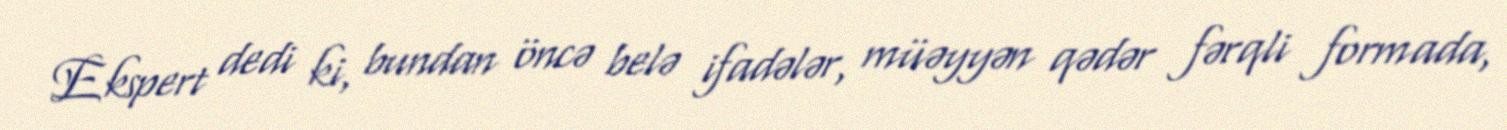
Ekspert dedi ki, bundan öncə belə ifadələr, müəyyən qədər fərqli formada,